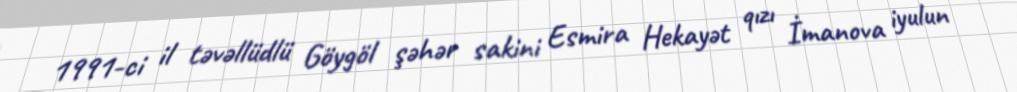
1991-ci il təvəllüdlü Göygöl şəhər sakini Esmira Hekayət qızı İmanova iyulun